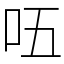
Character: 㕶